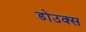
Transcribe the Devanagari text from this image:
डोउक्स